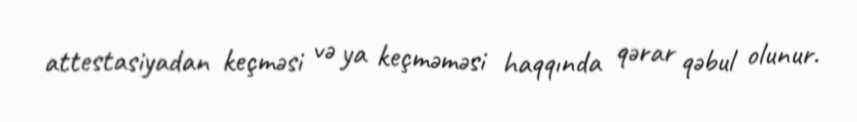
attestasiyadan keçməsi və ya keçməməsi haqqında qərar qəbul olunur.